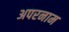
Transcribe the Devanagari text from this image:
अपरनाम